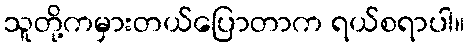
သူတို့ကမှားတယ်ပြောတာက ရယ်စရာပါ။